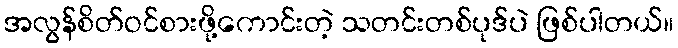
အလွန်စိတ်ဝင်စားဖို့ကောင်းတဲ့ သတင်းတစ်ပုဒ်ပဲ ဖြစ်ပါတယ်။